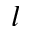
l